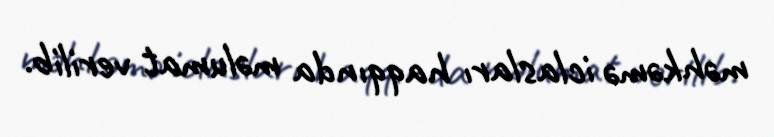
məhkəmə iclasları haqqında məlumat verilib.